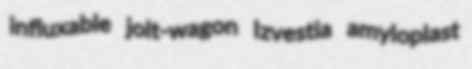
influxable jolt-wagon Izvestia amyloplast